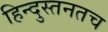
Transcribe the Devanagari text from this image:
हिन्दुस्तनतच